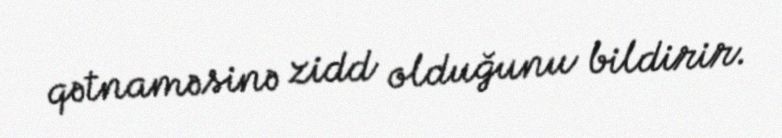
qətnaməsinə zidd olduğunu bildirir.